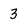
Character: 3